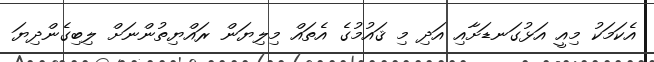
އެކަމަކު މިއީ އަޅުގަނޑަށާއި އަދި މި ޤައުމުގެ އެތައް މިލިޔަން ރައްޔިތުންނަށް ލިބިގެންދިޔަ